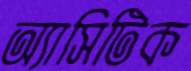
অ্যাসিটিক